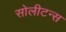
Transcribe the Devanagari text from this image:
सोलीटन्स